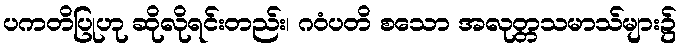
ပကတိပြုဟု ဆိုလိုရင်းတည်း၊ ဂဝံပတိ စသော အလုတ္တသမာသ်များ၌